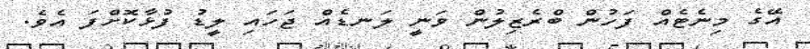
އޭގެ މިނެޓެއް ފަހުން ބްރެޒިލުން ވަނީ ލަނޑެއް ޖަހައި ލީޑު ފުޅާކޮށްފަ އެވެ.